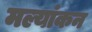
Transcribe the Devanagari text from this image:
मल्यांकन